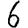
Digit: 6